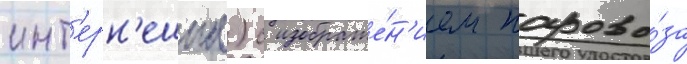
инт'ерн'ешнл) с изображе́н'ием парово́за